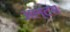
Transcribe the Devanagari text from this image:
अल्टस